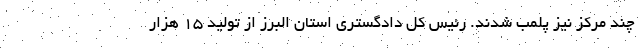
چند مرکز نیز پلمب شدند. رئیس کل دادگستری استان البرز از تولید 15 هزار